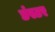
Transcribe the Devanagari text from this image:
डंस्टर